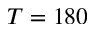
T = 1 8 0